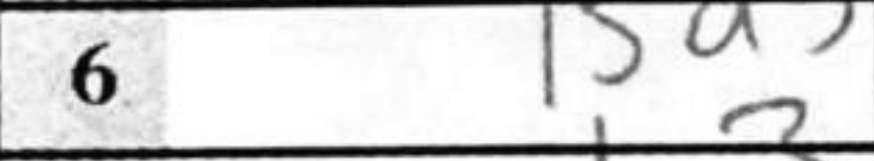
Transcription: Bd3